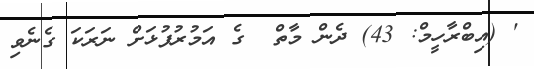
' (އިބްރާހީމް: 43) ދެން މާތް  ގެ އަމުރުފުޅަށް ނަރަކަ ގެނެވި